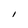
Character: I